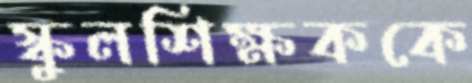
স্কুলশিক্ষককে